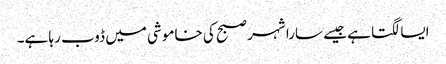
ایسا لگتا ہے جیسے سارا شہر صبح کی خاموشی میں ڈوب رہا ہے۔